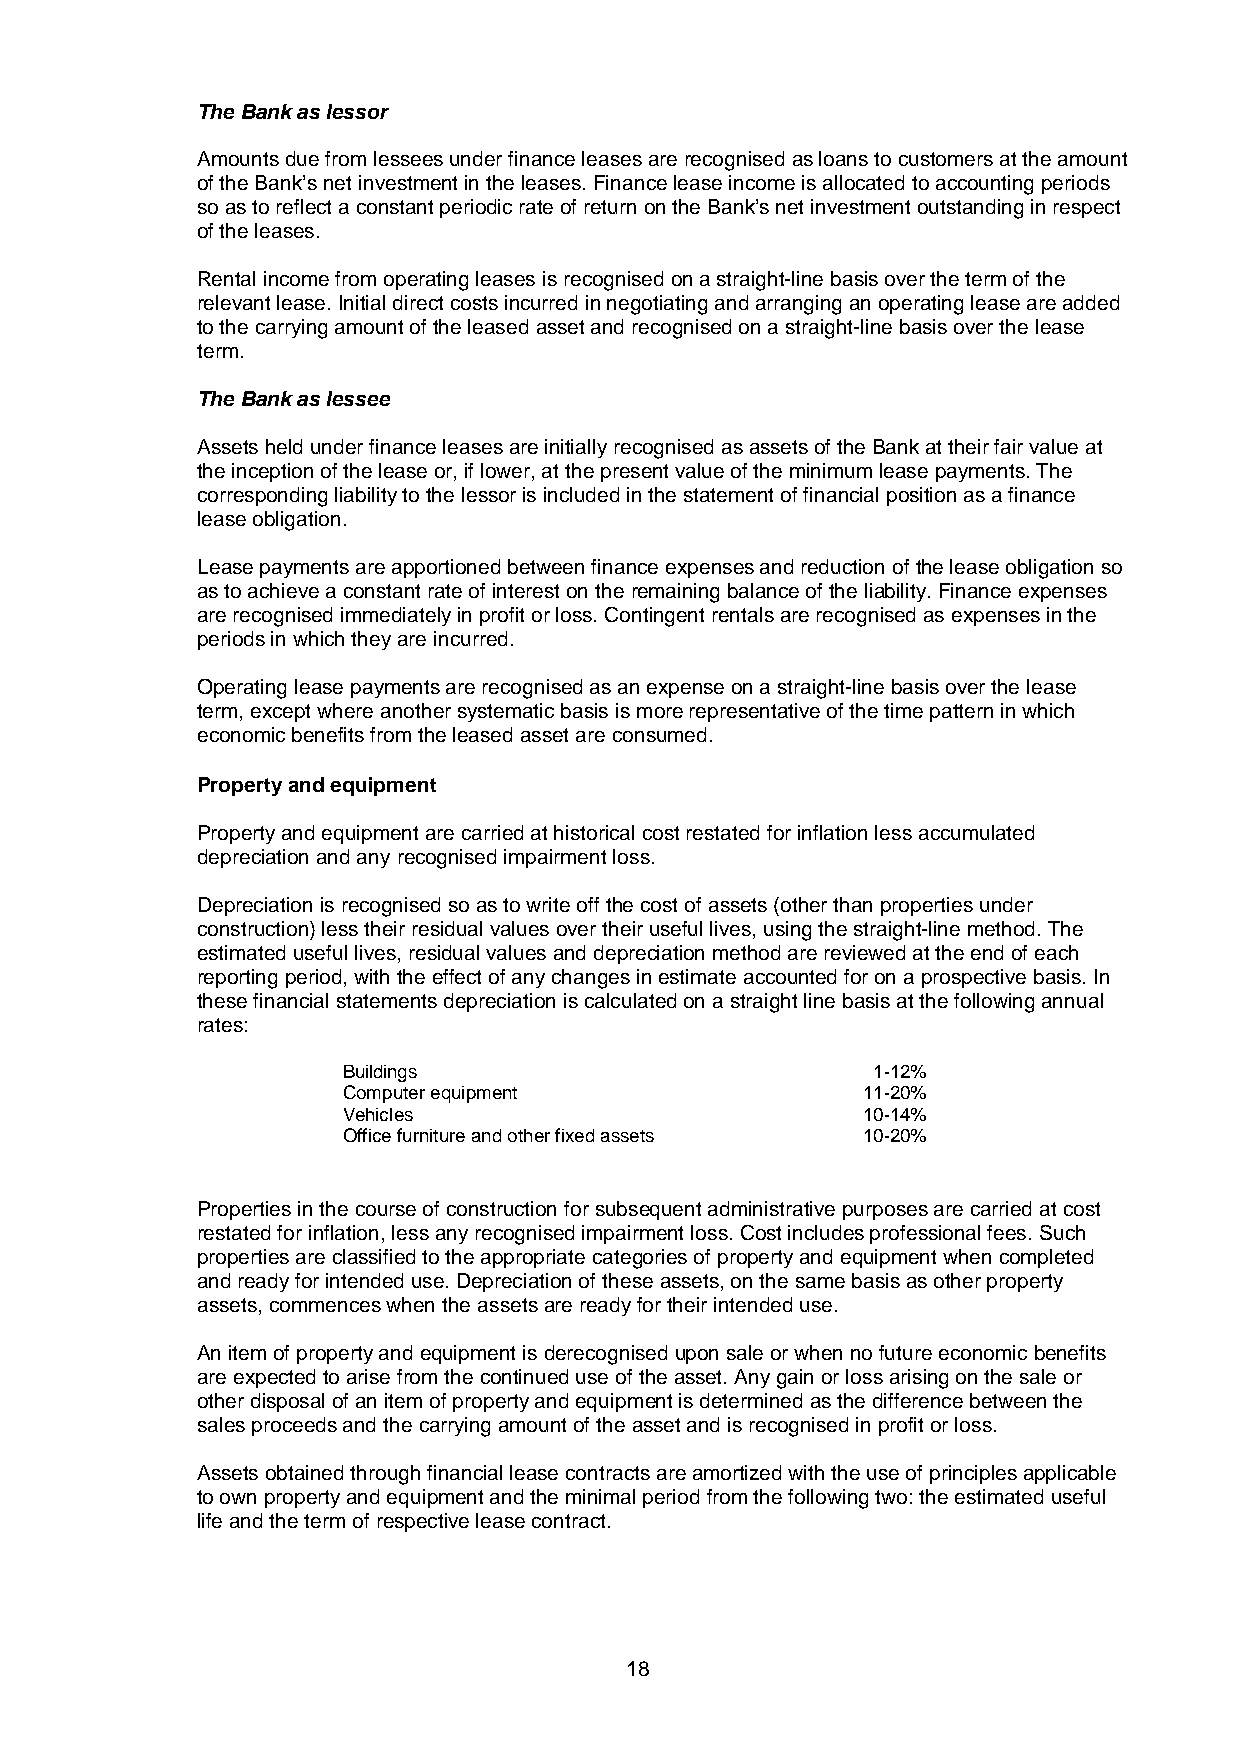
The Bank as lessor
 Amounts due from lessees under finance leases are recognised as loans to customers at the amount
 of the Bank’s net investment in the leases. Finance lease income is allocated to accounting periods
 so as to reflect a constant periodic rate of return on the Bank’s net investment outstanding in respect
 of the leases.
 Rental income from operating leases is recognised on a straight-line basis over the term of the
 relevant lease. Initial direct costs incurred in negotiating and arranging an operating lease are added
 to the carrying amount of the leased asset and recognised on a straight-line basis over the lease
 term.
 The Bank as lessee
 Assets held under finance leases are initially recognised as assets of the Bank at their fair value at
 the inception of the lease or, if lower, at the present value of the minimum lease payments. The
 corresponding liability to the lessor is included in the statement of financial position as a finance
 lease obligation.
 Lease payments are apportioned between finance expenses and reduction of the lease obligation so
 as to achieve a constant rate of interest on the remaining balance of the liability. Finance expenses
 are recognised immediately in profit or loss. Contingent rentals are recognised as expenses in the
 periods in which they are incurred.
 Operating lease payments are recognised as an expense on a straight-line basis over the lease
 term, except where another systematic basis is more representative of the time pattern in which
 economic benefits from the leased asset are consumed.
 Property and equipment
 Property and equipment are carried at historical cost restated for inflation less accumulated
 depreciation and any recognised impairment loss.
 Depreciation is recognised so as to write off the cost of assets (other than properties under
 construction) less their residual values over their useful lives, using the straight-line method. The
 estimated useful lives, residual values and depreciation method are reviewed at the end of each
 reporting period, with the effect of any changes in estimate accounted for on a prospective basis. In
 these financial statements depreciation is calculated on a straight line basis at the following annual
 rates:
 Buildings                          1-12%
 Computer equipment                11-20%
 Vehicles                          10-14%
 Office furniture and other fixed assets 10-20%
 Properties in the course of construction for subsequent administrative purposes are carried at cost
 restated for inflation, less any recognised impairment loss. Cost includes professional fees. Such
 properties are classified to the appropriate categories of property and equipment when completed
 and ready for intended use. Depreciation of these assets, on the same basis as other property
 assets, commences when the assets are ready for their intended use.
 An item of property and equipment is derecognised upon sale or when no future economic benefits
 are expected to arise from the continued use of the asset. Any gain or loss arising on the sale or
 other disposal of an item of property and equipment is determined as the difference between the
 sales proceeds and the carrying amount of the asset and is recognised in profit or loss.
 Assets obtained through financial lease contracts are amortized with the use of principles applicable
 to own property and equipment and the minimal period from the following two: the estimated useful
 life and the term of respective lease contract.
 18